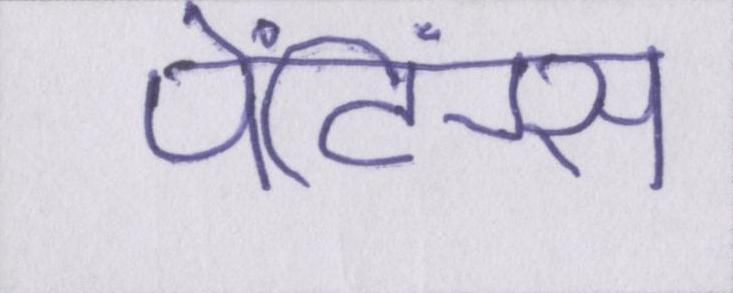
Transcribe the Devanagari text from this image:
पेंटिंग्स